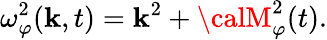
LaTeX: \omega_{\varphi}^{2}(\mathbf{k},t)=\mathbf{k}^{2}+{\calM}_{\varphi}^{2}(t).